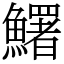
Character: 鱰